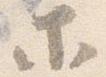
等